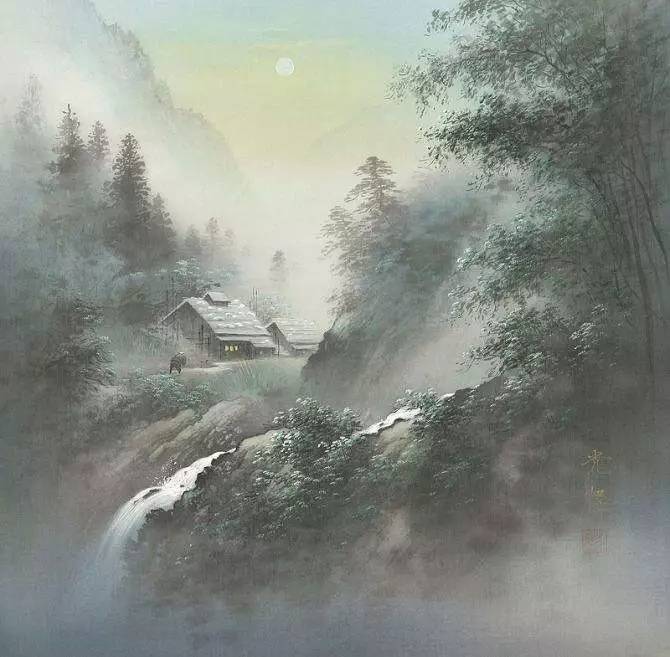
荷笠带斜阳，青山独归远。